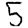
Digit: 5